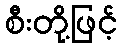
စီးတို့ဖြင့်